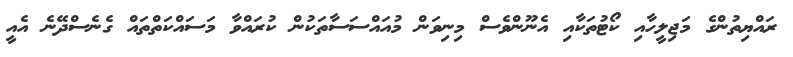
ރައްޔިތުންގެ މަޖިލީހާއި ކޯޓުތަކާއި އެނޫންވެސް މިނިވަން މުއައްސަސާތަކުން ކުރައްވާ މަސައްކަތްތައް ގެނެސްދޭނެ އެއީ